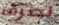
لصرف